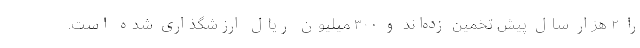
را ۲ هزار سال پیش تخمین زده‌اند و ۳۰۰ میلیون ریال ارزشگذاری شده است.